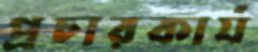
প্রচারকার্য